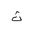
Letter: _tha